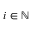
i \in \mathbb { N }